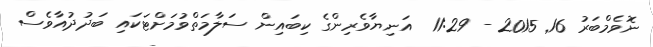
ނޮވެމްބަރު 16